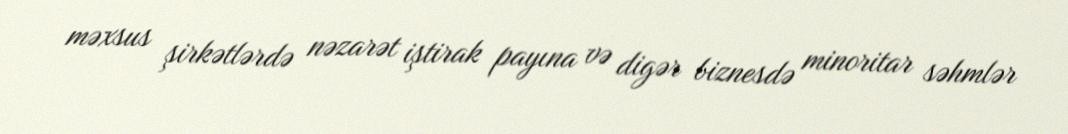
məxsus şirkətlərdə nəzarət iştirak payına və digər biznesdə minoritar səhmlər